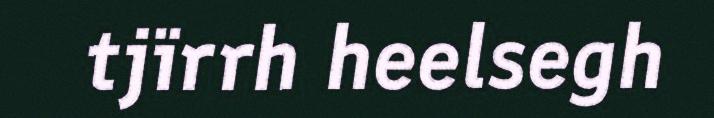
tjïrrh heelsegh